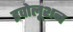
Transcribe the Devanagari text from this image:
इवोलूशन